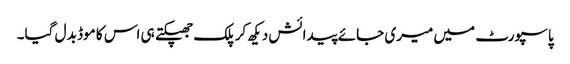
پاسپورٹ میں میری جائے پیدائش دیکھ کر پلک جھپکتے ہی اس کا موڈ بد ل گیا۔